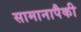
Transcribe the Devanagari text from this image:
सामानापैकी